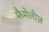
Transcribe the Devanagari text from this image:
फैमेलीज़